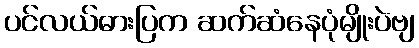
ပင်လယ်ဓားပြက ဆက်ဆံနေပုံမျိုးပဲဗျ